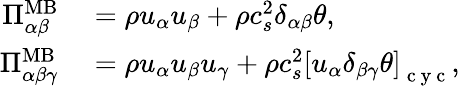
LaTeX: \begin{array}{rl}{\Pi_{\alpha\beta}^{\mathrm{MB}}}&{{}=\rho u_{\alpha}u_{\beta}+\rho c_{s}^{2}\delta_{\alpha\beta}\theta,}\\ {\Pi_{\alpha\beta\gamma}^{\mathrm{MB}}}&{{}=\rho u_{\alpha}u_{\beta}u_{\gamma}+\rho c_{s}^{2}\left[u_{\alpha}\delta_{\beta\gamma}\theta\right]_{\mathrm{~c~y~c~}},}\end{array}